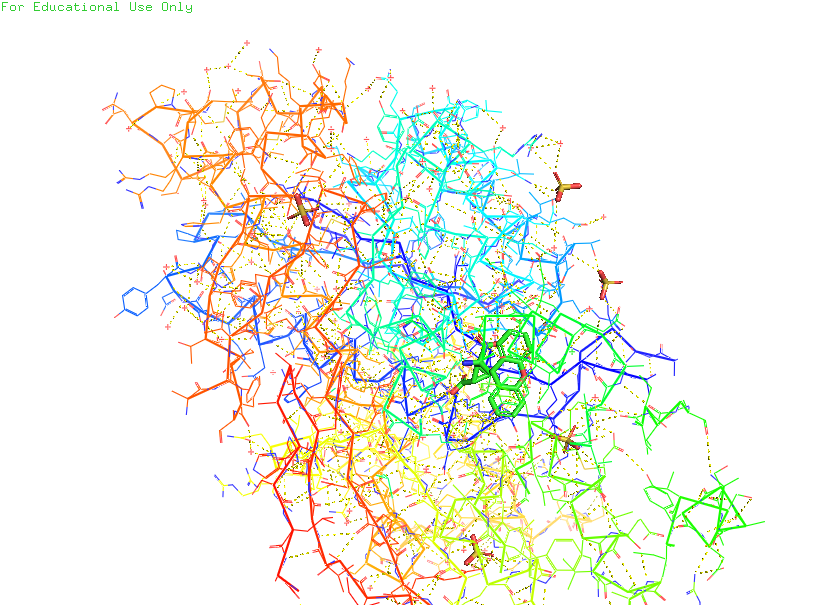
pymol, preset, technical